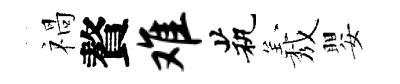
禍贅难茕𦏁嬰